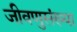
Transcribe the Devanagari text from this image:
जीवणुसंख्या